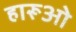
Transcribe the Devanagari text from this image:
हारूओ